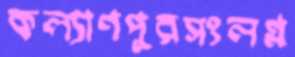
কল্যাণপুরসংলগ্ন